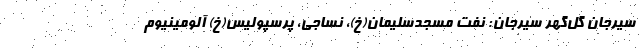
سیرجان گل‌گهر سیرجان: نفت مسجدسلیمان(خ)، نساجی، پرسپولیس(خ) آلومینیوم